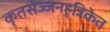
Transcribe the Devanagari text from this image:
कृतसज्जनहृन्निकेत